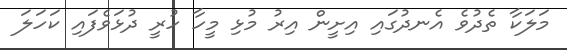
މަލަކާ ތެދުވެ އެނދުގައި އިށީން އިރު މުޅި މީހާ ހުރީ ދުޅަވެފައި ކަަހަލަ